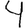
Digit: 4